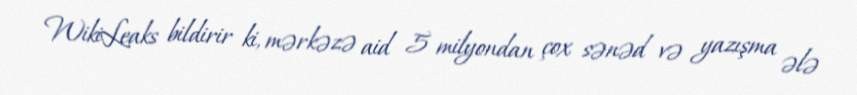
WikiLeaks bildirir ki, mərkəzə aid 5 milyondan çox sənəd və yazışma ələ